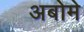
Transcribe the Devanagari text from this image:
अबोमे